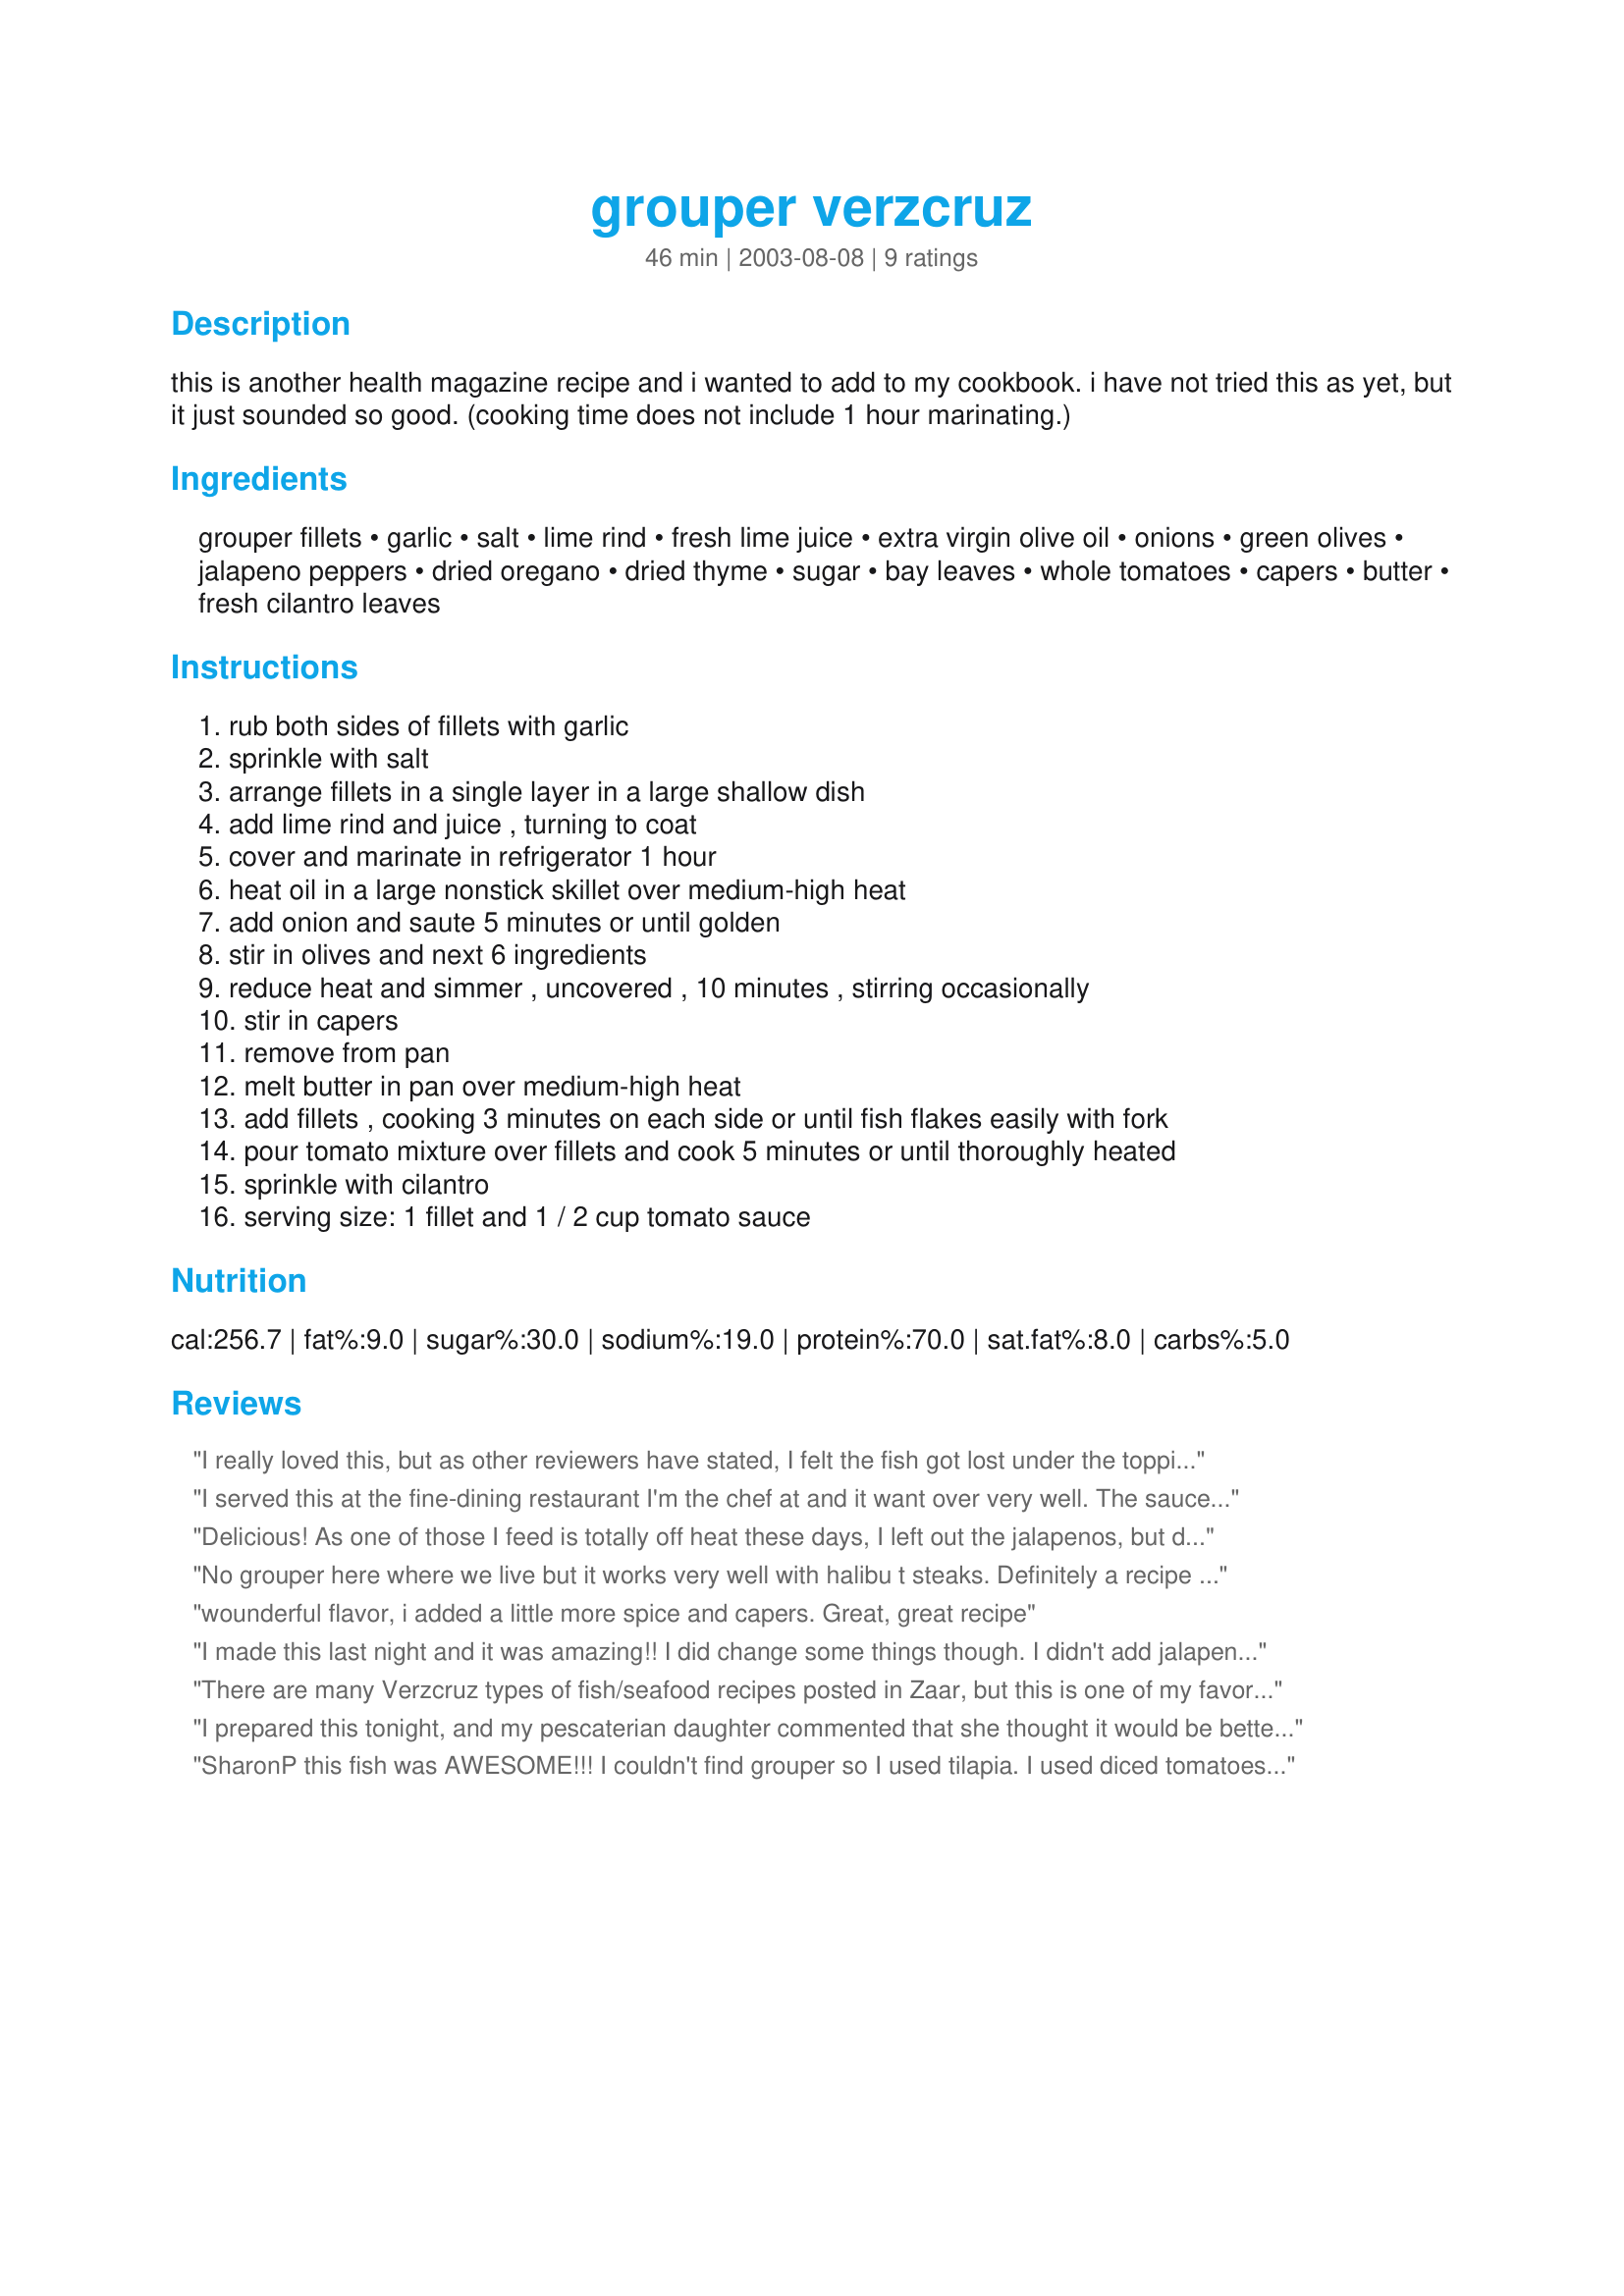
grouper verzcruz
Preparation time: 46 minutes

this is another health magazine recipe and i wanted to add to my cookbook. i have not tried this as yet, but it just sounded so good. (cooking time does not include 1 hour marinating.)

Ingredients:
grouper fillets, garlic, salt, lime rind, fresh lime juice, extra virgin olive oil, onions, green olives, jalapeno peppers, dried oregano, dried thyme, sugar, bay leaves, whole tomatoes, capers, butter, fresh cilantro leaves

Steps:
rub both sides of fillets with garlic
sprinkle with salt
arrange fillets in a single layer in a large shallow dish
add lime rind and juice , turning to coat
cover and marinate in refrigerator 1 hour
heat oil in a large nonstick skillet over medium-high heat
add onion and saute 5 minutes or until golden
stir in olives and next 6 ingredients
reduce heat and simmer , uncovered , 10 minutes , stirring occasionally
stir in capers
remove from pan
melt butter in pan over medium-high heat
add fillets , cooking 3 minutes on each side or until fish flakes easily with fork
pour tomato mixture over fillets and cook 5 minutes or until thoroughly heated
sprinkle with cilantro
serving size: 1 fillet and 1 / 2 cup tomato sauce

Reviews:
I really loved this, but as other reviewers have stated, I felt the fish got lost under the topping. My fish was on the thinner side....I'll use swordfish steak or something thicker next time. Overall, I loved the flavor combinations in this dish, and was very happy that I made it. I'd definitely reduce the onion and dice instead of slice it for ease of eating....for photos, the sliced is nice, but it's not easy to eat. I used black olives, as I didn't have green on hand. I also diced up fresh tomatoes. This was a very beautiful dish, and I wouldn't hesitate to serve it at a dinner party. Thanks for sharing your recipe!
I served this at the fine-dining restaurant I'm the chef at and it want over very well. The sauce is delicious and can be served with anything from chicken to pasta to steak to fish. I will definatly be keeping this recipe around for future use.
Delicious! As one of those I feed is totally off heat these days, I left out the jalapenos, but did up the garlic a bit. I used fresh oregano and thyme and fresh bay leaves. The fish was perfect; the time in the butter is just right. An absolutely lovely dish. Thanks, Sharon!
No grouper here where we live but it works very well with halibu t steaks. Definitely a recipe to stay in my files and would not change a thing.
wounderful flavor, i added a little more spice and capers. Great, great recipe
I made this last night and it was amazing!! I did change some things though. I didn't add jalapeno peppers. I sometimes feel that too much hot spice takes away from the other flavors in the dish. I used fresh tomatoes instead of canned.I used shallots instead of onion.Instead of the green olives I used 1/4 cup of a green olive tapenade. I also added 1/2 cup of white wine to the olive mixture as well as 1/4 cup of raisins. The raisins offset the olive and caper tartness. Do not add the cilantro until the very end or that great flavor will be cooked off!
There are many Verzcruz types of fish/seafood recipes posted in Zaar, but this is one of my favorites. It is soooooo easy to prepare. I usually prepare only 2 pieces of fish (I use many different types of fish for this recipe) and instead of sauteing the fish in butter, I poach it in the sauce. My husband and I are wild about olives, tomatoes, and capers and this sauce is absolutely delicious! Thanks SharonP for posting!
I prepared this tonight, and my pescaterian daughter commented that she thought it would be better with a firmer fish like halibut, swordfish or tuna. I had to agree. I really, really loved the sauce, but felt the grouper got lost in it. It might have been because the grouper I purchased frozen was not that thick.
SharonP this fish was AWESOME!!! I couldn't find grouper so I used tilapia. I used diced tomatoes with chilies since I didn't have any jalapeno in the house. It was an easy recipe that looks like you spent alot time in the kitchen. The flavors worked so well together. I did add a little more spice, olives and capers. I will make again.
